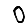
Digit: 0